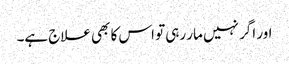
اور اگر نہیں مار رہی تو اس کا بھی علاج ہے۔